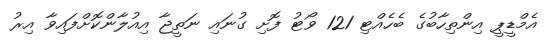
އެމްޑީޕީ އިންތިހާބުގެ ބެހެއްޓި 121 ވޯޓު ފޮށި ގުނައި ނަތީޖާ އިއުލާންކޮށްފައިވާ އިރު